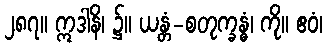
၂၈၇။ ဣဒါနိ၊ ၌။ ယန္တံ-စတုက္ခန္ဓံ၊ ကို။ ဧဝံ၊